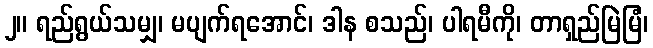
၂။ ရည်ရွယ်သမျှ၊ မပျက်ရအောင်၊ ဒါန စသည်၊ ပါရမီကို၊ တာရှည်မြဲမြံ၊